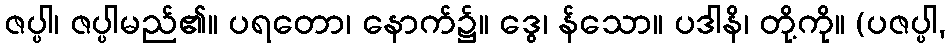
ဇပ္ပါ၊ ဇပ္ပါမည်၏။ ပရတော၊ နောက်၌။ ဒွေ၊ န်သော။ ပဒါနိ၊ တို့ကို။ (ပဇပ္ပါ,